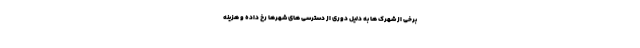
برخی از شهرک ها به دلیل دوری از دسترسی ‌های شهرها رخ داده و هزینه